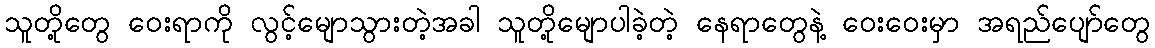
သူတို့တွေ ဝေးရာကို လွင့်မျောသွားတဲ့အခါ သူတို့မျောပါခဲ့တဲ့ နေရာတွေနဲ့ ဝေးဝေးမှာ အရည်ပျော်တွေ